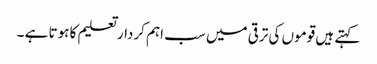
کہتے ہیں قوموں کی ترقی میں سب اہم کردار تعلیم کا ہوتا ہے ۔